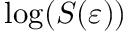
\log ( S ( \varepsilon ) )